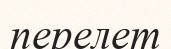
перелет